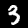
Label: 3